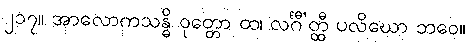
၂၁၇။ အာလောကသန္ဓိ ဝုတ္တော ထ၊ လင်္ဂီ’တ္ထီ ပလိဃော ဘဝေ။